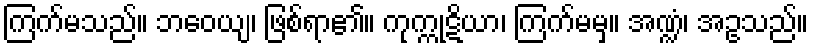
ကြက်မသည်။ ဘဝေယျ၊ ဖြစ်ရာ၏။ ကုက္ကုဋိယာ၊ ကြက်မမှ။ အဏ္ဍံ၊ အဥသည်။